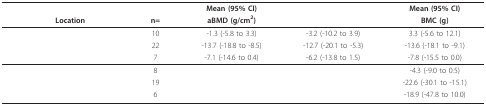
<table><thead><tr><td>[EMPTY_CELL]</td><td>[EMPTY_CELL]</td><td>[EMPTY_CELL]</td><td><b>Mean (95% CI)</b></td><td>[EMPTY_CELL]</td><td><b>Mean (95% CI)</b></td></tr><tr><td>[EMPTY_CELL]</td><td><b>Location</b></td><td><b>n=</b></td><td><b>aBMD (g/cm<sup>2</sup>)</b></td><td>[EMPTY_CELL]</td><td><b>BMC (g)</b></td></tr></thead><tbody><tr><td>[EMPTY_CELL]</td><td>[EMPTY_CELL]</td><td>10</td><td>-1.3 (-5.8 to 3.3)</td><td>-3.2 (-10.2 to 3.9)</td><td>3.3 (-5.6 to 12.1)</td></tr><tr><td>[EMPTY_CELL]</td><td>[EMPTY_CELL]</td><td>22</td><td>-13.7 (-18.8 to -8.5)</td><td>-12.7 (-20.1 to -5.3)</td><td>-13.6 (-18.1 to -9.1)</td></tr><tr><td>[EMPTY_CELL]</td><td>[EMPTY_CELL]</td><td>7</td><td>-7.1 (-14.6 to 0.4)</td><td>-6.2 (-13.8 to 1.5)</td><td>-7.8 (-15.5 to 0.0)</td></tr><tr><td>[EMPTY_CELL]</td><td>[EMPTY_CELL]</td><td>8</td><td>[EMPTY_CELL]</td><td>[EMPTY_CELL]</td><td>-4.3 (-9.0 to 0.5)</td></tr><tr><td>[EMPTY_CELL]</td><td>[EMPTY_CELL]</td><td>19</td><td>[EMPTY_CELL]</td><td>[EMPTY_CELL]</td><td>-22.6 (-30.1 to -15.1)</td></tr><tr><td>[EMPTY_CELL]</td><td>[EMPTY_CELL]</td><td>6</td><td>[EMPTY_CELL]</td><td>[EMPTY_CELL]</td><td>-18.9 (-47.8 to 10.0)</td></tr></tbody></table>